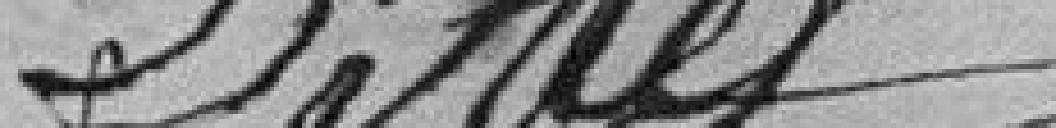
????????